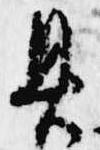
具